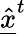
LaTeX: \underline{{\hat{x}}}^{t}